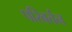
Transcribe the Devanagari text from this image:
परिबर्तन